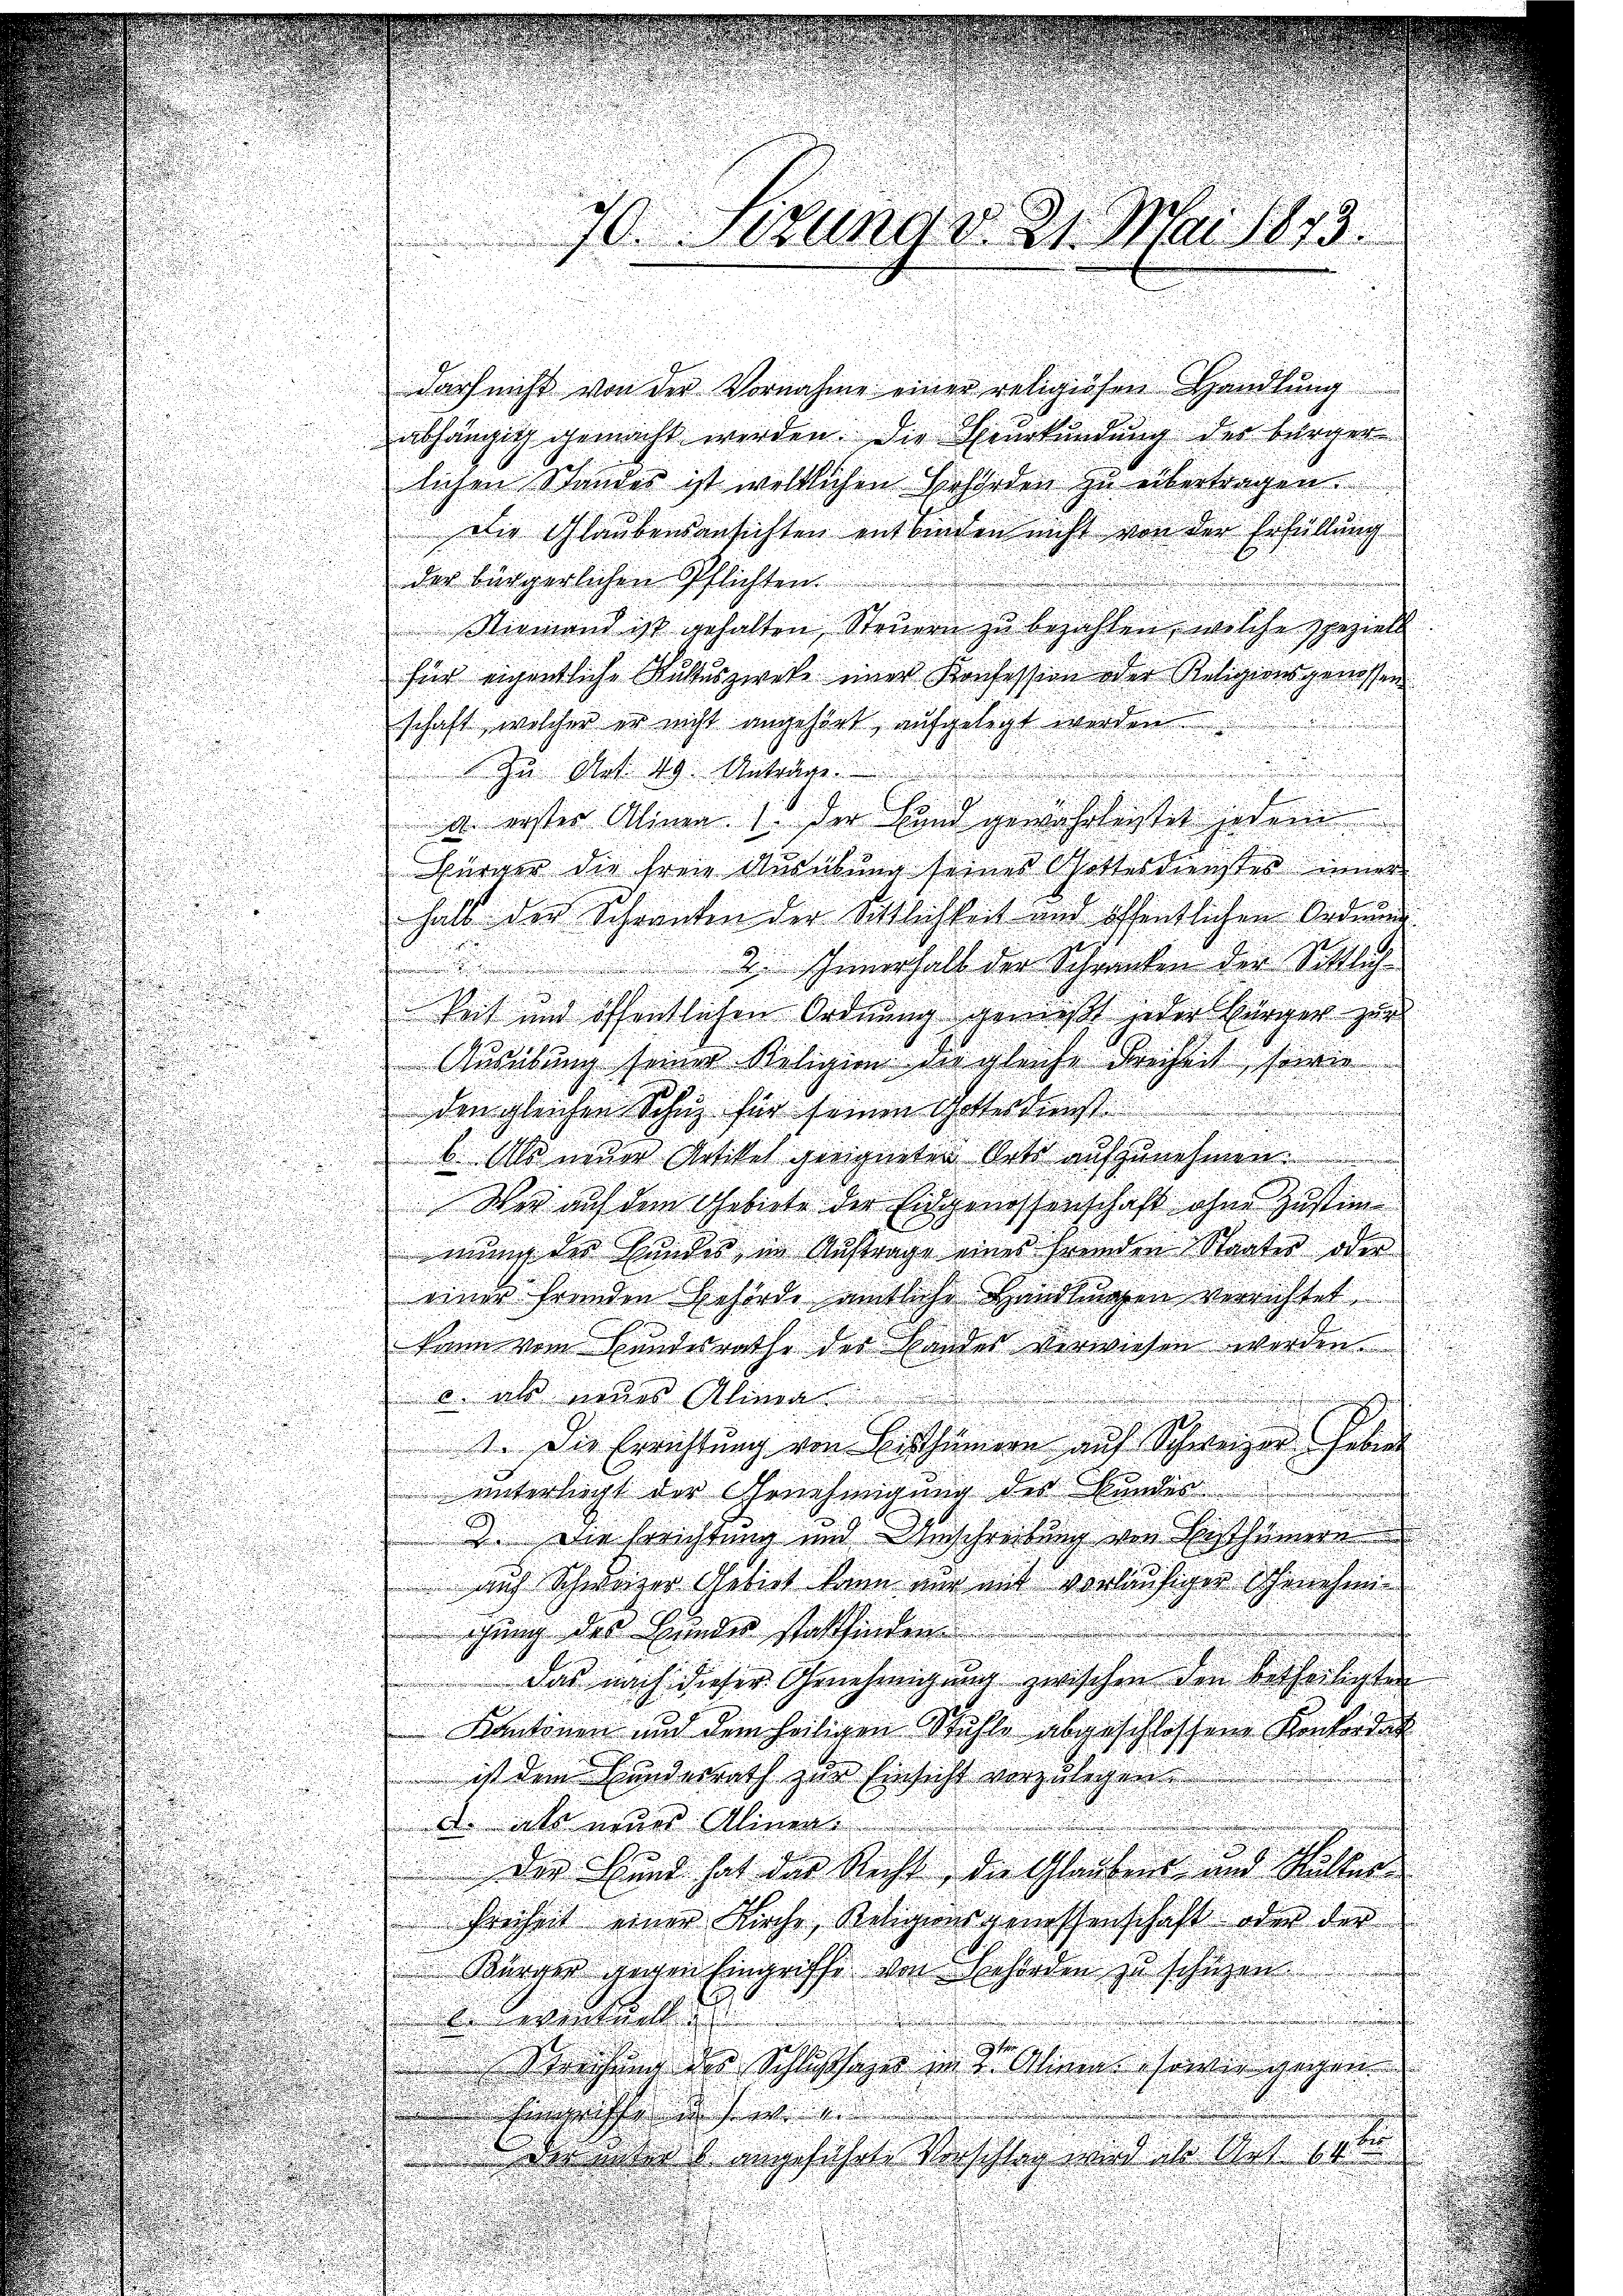
70. Jezung d. 21. Mai 1873.

darf nicht von der Vornahme einer religiösen Handlŭng
abhängig gemacht werden die Beurkündung der bürger
lichen Standes ist weltlichen Behörden zu übertragen.
Die Glaubensansichten entbinden nicht von der Erfüllung
der bürgerlichen Pflichten
Niemand ist gehalten Steuern zu bezahlen, welche speziell
für eigentliche Kultuszwecke einer Konfession oder Religionsgenossen
schaft, welcher er nicht angehört, aufgelegt werden.
Zu Art. 49. Anträge.
a. erster Alinea. 1. Der Hand gewährleitet jedem
ürger die freie Ausübung seines Gottesdienstes inner
halb der Schranken der Sittlichkeit und öffentlichen Ordnung
2. Innerhalb der Schranken der Sittlich-
.
keit und öffentlichen Ordnung genießt jeder Bürger zu
Ausübung seiner Religion der gleiche Freiheit seine
a
den gleichen Schutz für seinen Gotterdunst
b. Als neuer Artikel geeigneten Orts aufzunehmen.
Wer auf dem Gebiete der Eidgenossenschaft ohne Zustim
mung der Hundes in Auftrage eines fremden Staates oder
einer fremden Behörde amtliche Handlungen verrichtet
kann vom Bundesrathe der Landes verwiesen werden.
6 als neues Alinea
1. Die Errichtung von Bisthümern auf Schweizer Gese
unterliegt der Ehrnehmigung des Bunder
. Die Berichtung und Anschreibung von Besthümern
auf Schwerer Gebiet kann nur mit vorläufiger Ehrnehmigung des Hundes stattfinden.
das nach dieser Genehmigung zwischen den betheiligten
Kantonen und dem seitigen Stühle abgeschlossene Konkordin
ist dem Hundesrath zur Einsicht vorzulegen
de als neues Alinen.
der Hund hat der Recht die Glaubens- und Ritter
Freiheit einer Kirche Religionsgenossenschaft oder der
Bürger gegen Eingriffe von Inforden zu schüzen
Winteilt
Sprechung des Schlussager im Dr. Alinen sowie gegen
Eingriffe in sei
dir über angeführte Vorschlag wird die Anspr